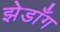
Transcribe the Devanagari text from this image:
झेडाँग